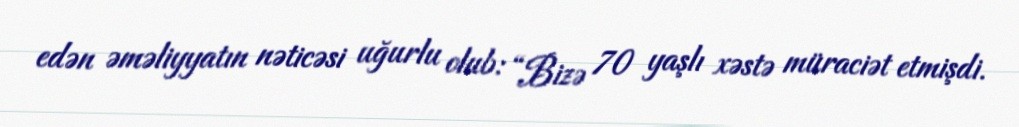
edən əməliyyatın nəticəsi uğurlu olub: “Bizə 70 yaşlı xəstə müraciət etmişdi.